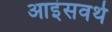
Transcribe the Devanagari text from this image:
आइंसवर्थ